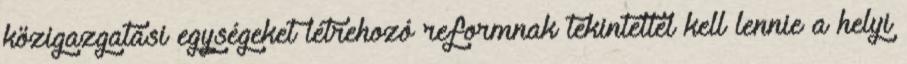
közigazgatási egységeket létrehozó reformnak tekintettel kell lennie a helyi